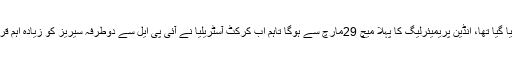
اطلاعات کے مطابق پہلے انڈین پریمیئر لیگ کی وجہ سے یہ سیریز 31مارچ تک مکمل کرنے کا فیصلہ کیا گیا تھا، انڈین پریمیئرلیگ کا پہلا میچ 29مارچ سے ہوگا تاہم اب کرکٹ آسٹریلیا نے آئی پی ایل سے دوطرفہ سیریز کو زیادہ اہم قراردیا ہے، جس پر اب 5 ون دے میچز کے لیے 31مارچ سے 13 اپریل تک کا وقت آئیڈیل سمجھاجارہاہے۔